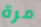
مرة